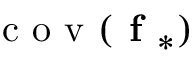
\textrm { c o v } ( \textbf { f } _ { * } )